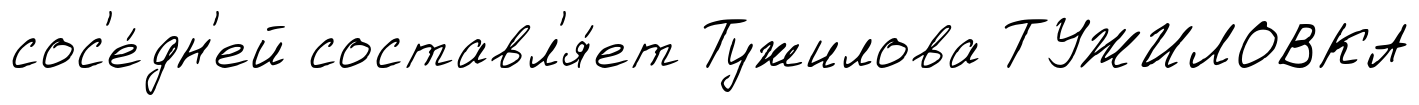
сос'е́дн'ей составл'я́ет Тужилова ТУЖИЛОВКА